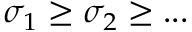
\sigma _ { 1 } \ge \sigma _ { 2 } \ge . . .